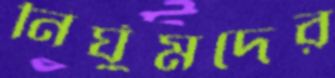
নির্ঘুমদের